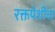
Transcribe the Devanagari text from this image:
रक्तपेशीचा